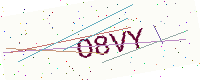
Text: O8VY